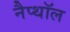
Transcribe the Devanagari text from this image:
नैप्थॉल